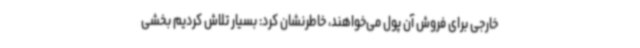
خارجی برای فروش آن پول می‌خواهند، خاطرنشان کرد: بسیار تلاش کردیم بخشی